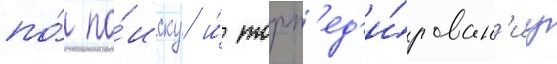
по́ по́иску и́ торп'ед'и́рован'иу